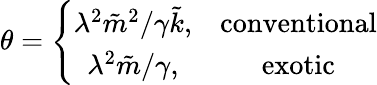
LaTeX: {\theta}=\left\{ \begin{array}{cc}{{{\lambda^{2}{\tilde{m}}^{2}}/{\gamma{\tilde{k}}},}}&{{\mathrm{conventional}}}\\ {{{\lambda^{2}}{\tilde{m}}/\gamma,}}&{{\mathrm{exotic}}}\end{array}\right.